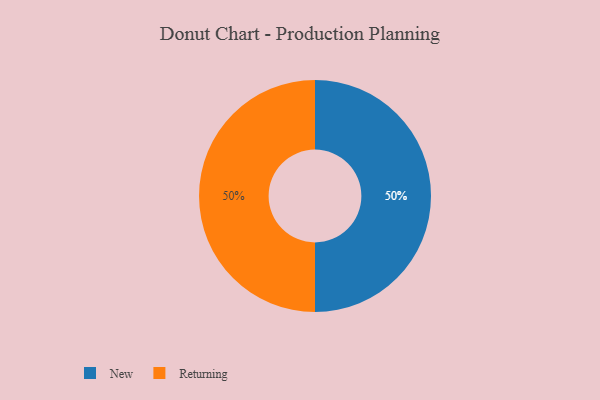
{"axis": {"x": "Category", "y": "Percentage"}, "legend": ["New", "Returning"], "data": [{"x": "New", "y": 50, "type": "New"}, {"x": "Returning", "y": 50, "type": "Returning"}]}